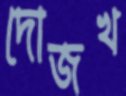
দোজখ